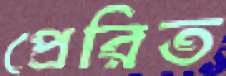
প্রেরিত